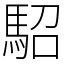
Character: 駋